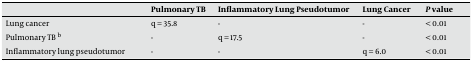
<table><thead><tr><td></td><td><b>Pulmonary TB</b></td><td><b>Inflammatory Lung Pseudotumor</b></td><td><b>Lung Cancer</b></td><td><b>P value</b></td></tr></thead><tbody><tr><td>Lung cancer</td><td>q = 35.8</td><td>-</td><td>-</td><td>&lt; 0.01</td></tr><tr><td>Pulmonary TB b</td><td>-</td><td>q = 17.5</td><td>-</td><td>&lt; 0.01</td></tr><tr><td>Inflammatory lung pseudotumor</td><td>-</td><td>-</td><td>q = 6.0</td><td>&lt; 0.01</td></tr></tbody></table>